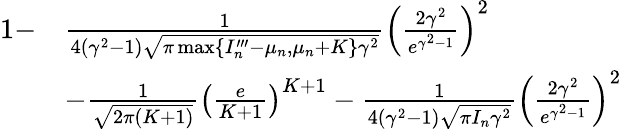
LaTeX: \begin{array}{rl}{1-}&{\frac{1}{4(\gamma^{2}-1)\sqrt{\pi\operatorname*{max}\{ I_{n}^{\prime\prime\prime}-\mu_{n},\mu_{n}+K\} \gamma^{2}}}\left(\frac{2\gamma^{2}}{e^{\gamma^{2}-1}}\right)^{2}}\\ &{-\frac{1}{\sqrt{2\pi(K+1)}}\left(\frac{e}{K+1}\right)^{K+1}-\frac{1}{4(\gamma^{2}-1)\sqrt{\pi I_{n}\gamma^{2}}}\left(\frac{2\gamma^{2}}{e^{\gamma^{2}-1}}\right)^{2}}\end{array}